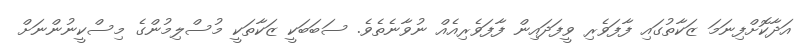
އަދާކޮށްފިނަމަ ޒަކާތުގައި ފާފަވެރި ވީފަދައިން ފާފަވެރިއެއް ނުވާނެތެވެ. ސަބަބަކީ ޒަކާތަކީ މުސްލިމުންގެ މިސްކީނުންނަށް